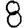
Digit: 8